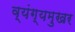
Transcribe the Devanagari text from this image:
व्यंग्यमुखर